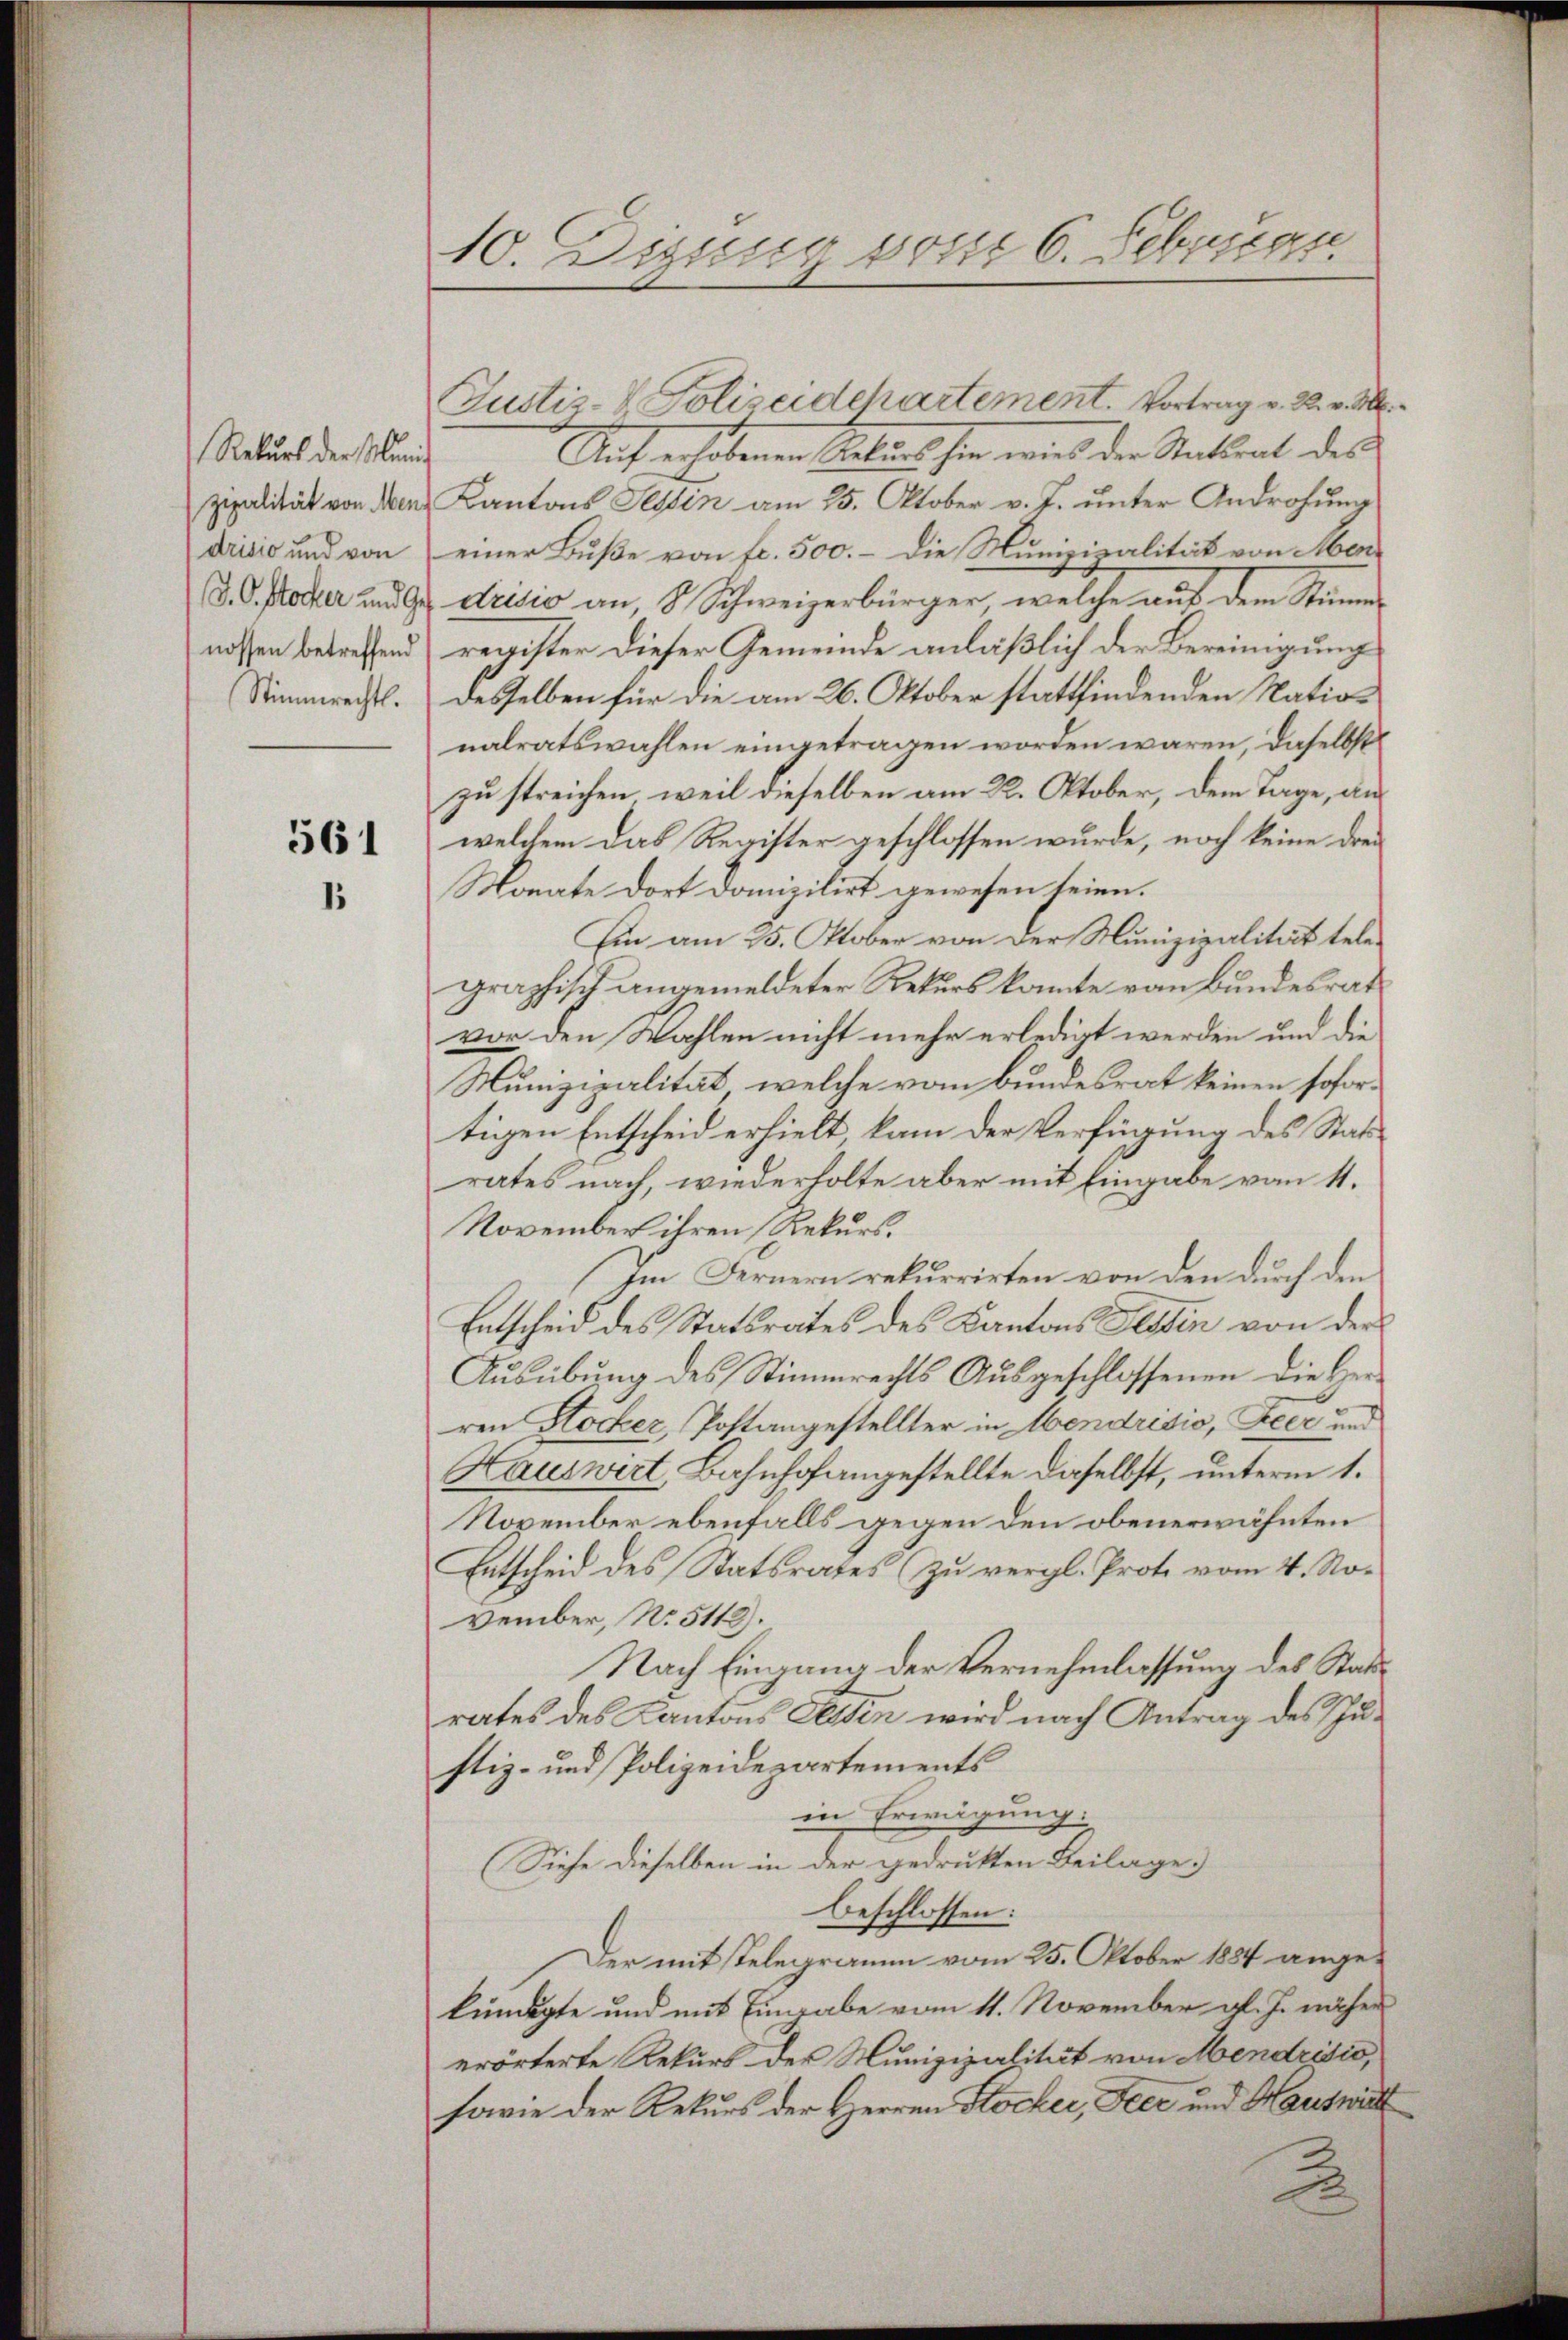
drisio und von
Stimmrechts.

561
1.

10. Disseur von 6. Februar

Justiz- & Polizeidchartement. Vortrag v. R. v. M.
Statuenders und Auf erhebenen Kellen sie wird der Antrat des
zipalität von den Kantons Tessin am 25. Oktober v. J. unter Androhung
einer Buße von fr. 500. – die Munizipalität von Mer¬
S. O. stocker und Ges. strisis an, 8 Schweizerbürger, welche auf dem Stimmnossen betreffend register dieser Gemeinde anläßlich der Bereinigung
desselben für die am 26. Oktober stattfindenden Nation
nalratswahlen eingetragen worden wären, daselbst
zu streichen, weil dieselben am 22. Oktober, dem Tage, aus
welchem das Register geschlossen wurde, noch keine drei
Monate dort Domizilirt gewesen seien.
Ein am 25. Oktober von der Munizipalität telegraphisch angemeldeter Rekurs konnte von Bundesrat
vor den Wahlen nicht mehr erledigt werden und die
Munizipalität, welche vom Bundesrat keinen sofortigen Entscheid erhielt kam der Verfügung des Stattrates nach, wiederholte aber mit Eingabe vom 11.
November ihren Rekurs.
Im Fernern rekurrirten von den durch den
Entscheid des Statsrates des Kantons Tessin von der
Ausübung des Stimmrechts Ausgeschlossenen die Geren Stocker, Postangestellter in Mendrisio, Heer und
Hauswirt, Bahnhofangestellte daselbst, unterm 1.
November ebenfalls gegen den obenerwähnten
Entscheid des Statsrates zu vergl. Prote vom 4. November, No. 5112).
Nach Eingang der Vernehmlassung des Stattrates des Kantons Eltin wird nach Antrag des Justiz- und Polizeidepartements
in Erwägung:
Siehe dieselben in der gedrukten Beilage
beschlossen:
Der mit stelegramm vom 25. Oktober 1884 angekündigte und mit Eingabe vom 11. November gl. J. näher
erörterte Rekurs des Munizipalität von Mendrisio
sowie der Rekurs der Herren Stocker, Feer und Hauswärt
2